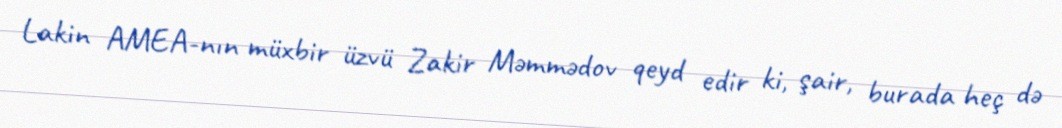
Lakin AMEA-nın müxbir üzvü Zakir Məmmədov qeyd edir ki, şair, burada heç də